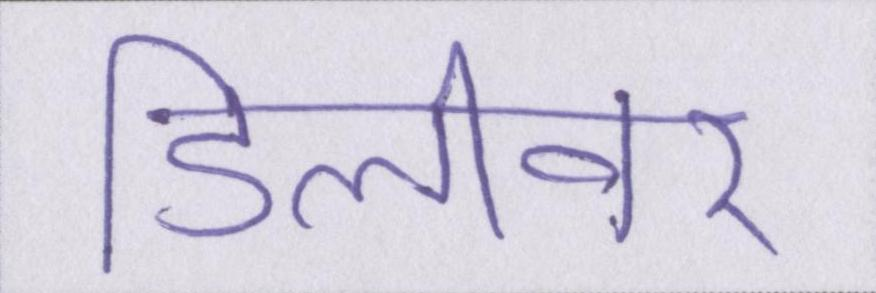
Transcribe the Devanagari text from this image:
डिलीवर